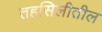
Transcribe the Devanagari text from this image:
तहसिलीतील